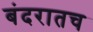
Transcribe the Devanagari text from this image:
बंदरातच